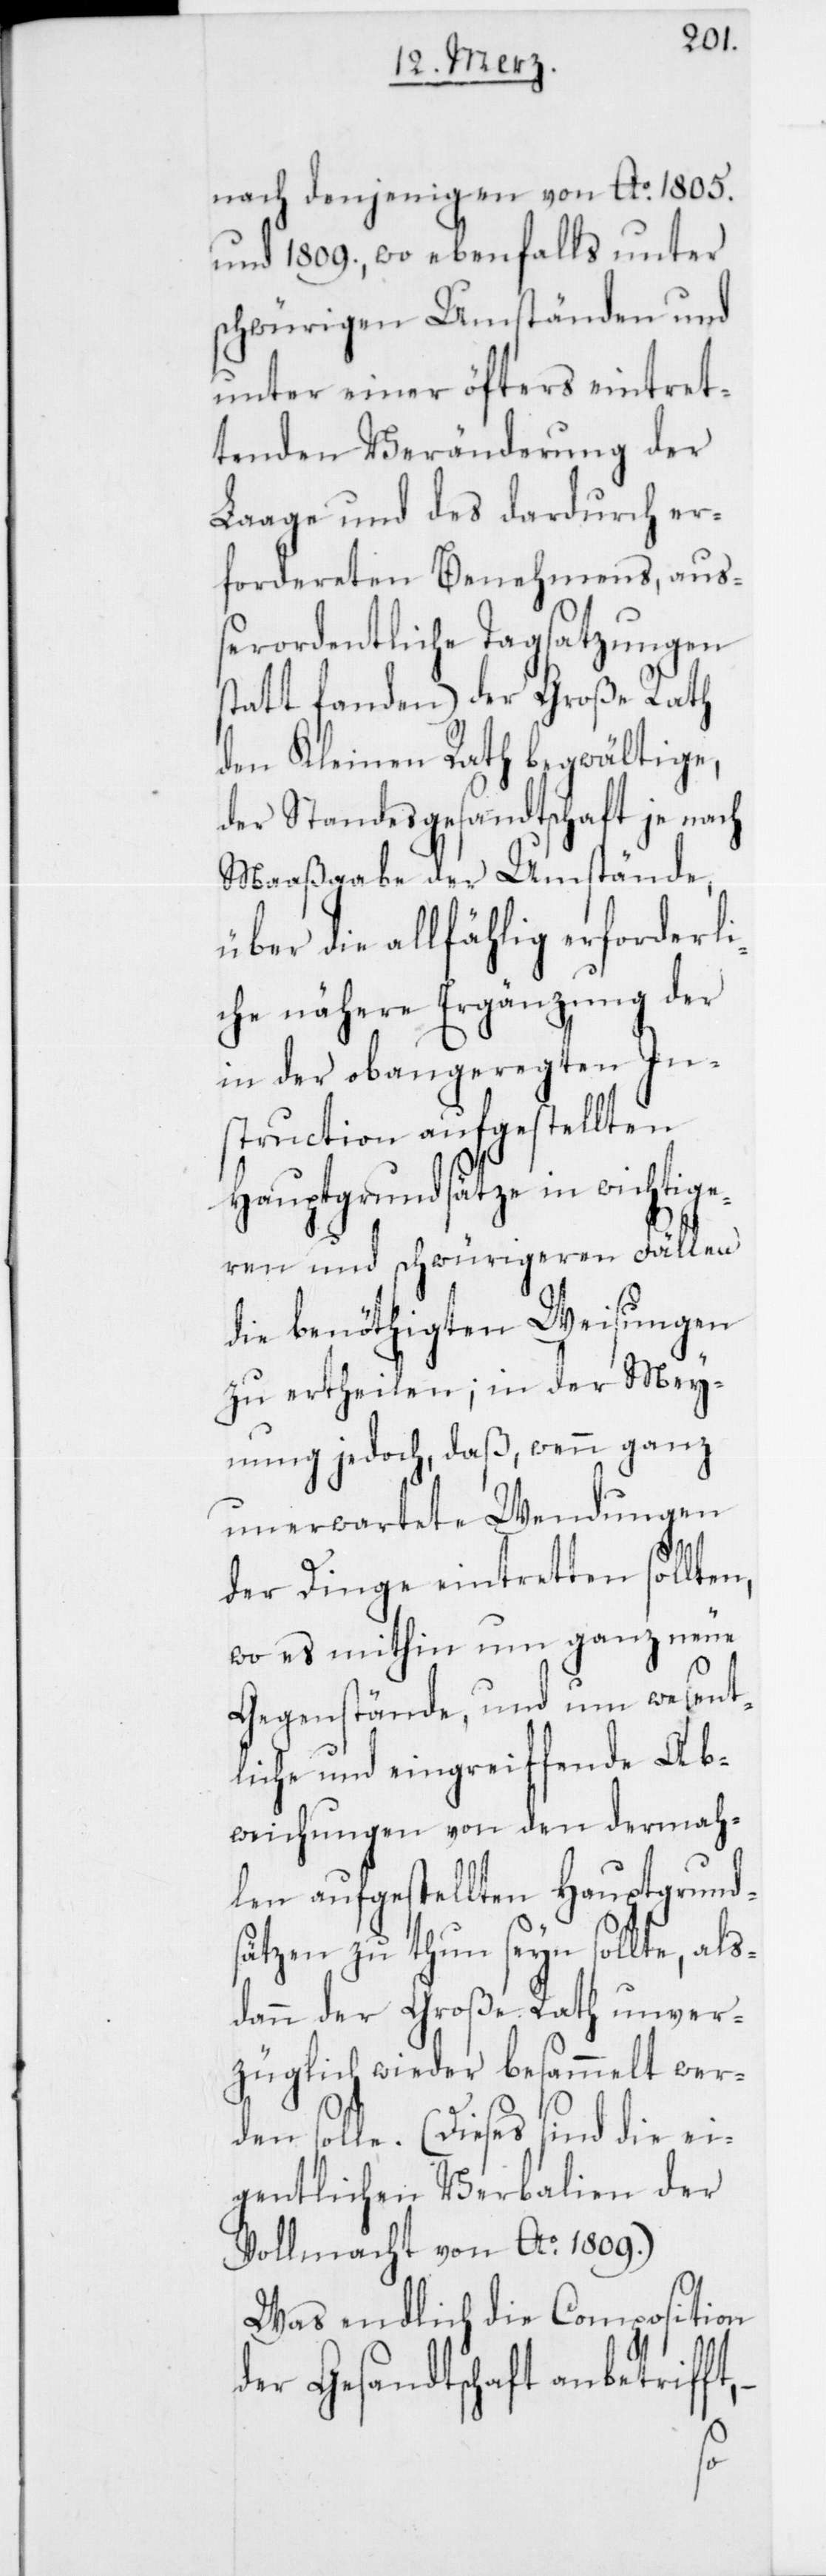
nach denjenigen von Ao. 1805.
und 1809., wo ebenfalls unter
schwürigen Umständen und
unter einer öfters eintret¬
tenden Veränderung der
Laage und des dardurch er¬
fordereten Benehmens, auß¬
erordentliche Tagsatzungen
stattfanden) der Große Rath
den Kleinen Rath begwältige,
der Standesgesandtschaft je nach
Maaßgabe der Umstände,
über die allfählig erforderl¬
iche nähere Ergänzung der
in der obangeregten In¬
struction aufgestellten
Hauptgrundsätze in wichtige¬
ren und schwürigeren Fällen
die benöthigten Weisungen
zu ertheilen; in der Mey¬
nung jedoch, daß, wenn ganz
unerwartete Wendungen
der Dinge eintretten sollten,
wo es mithin um ganz neue
Gegenstände, und um wesent¬
liche und eingreiffende Ab¬
weichungen von den dermah¬
len aufgestellten Hauptgrund¬
sätzen zu thun seyn sollte, als¬
dann der Große Rath unver¬
züglich wieder besammelt wer¬
den solle. (Dieses sind die ei¬
gentlichen Verbalien der
Vollmacht von Ao. 1809.)
Was endlich die Composition
der Gesandtschaft anbetrifft,